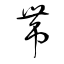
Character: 帶